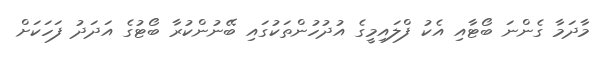
މާދަމާ ގެންނަ ބޯޓާއި އެކު ފްލައިމީގެ އުދުހުންތަކުގައި ބޭނުންކުރާ ބޯޓުގެ އަދަދު ފަހަކަށް